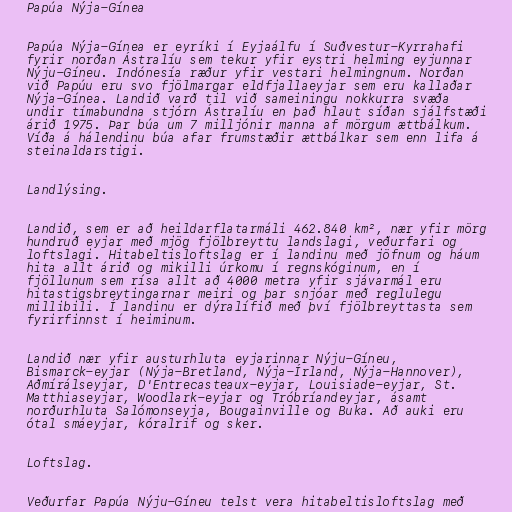
Papúa Nýja-Gínea

Papúa Nýja-Gínea er eyríki í Eyjaálfu í Suðvestur-Kyrrahafi
fyrir norðan Ástralíu sem tekur yfir eystri helming eyjunnar
Nýju-Gíneu. Indónesía ræður yfir vestari helmingnum. Norðan
við Papúu eru svo fjölmargar eldfjallaeyjar sem eru kallaðar
Nýja-Gínea. Landið varð til við sameiningu nokkurra svæða
undir tímabundna stjórn Ástralíu en það hlaut síðan sjálfstæði
árið 1975. Þar búa um 7 milljónir manna af mörgum ættbálkum.
Víða á hálendinu búa afar frumstæðir ættbálkar sem enn lifa á
steinaldarstigi.

Landlýsing.

Landið, sem er að heildarflatarmáli 462.840 km², nær yfir mörg
hundruð eyjar með mjög fjölbreyttu landslagi, veðurfari og
loftslagi. Hitabeltisloftslag er í landinu með jöfnum og háum
hita allt árið og mikilli úrkomu í regnskóginum, en í
fjöllunum sem rísa allt að 4000 metra yfir sjávarmál eru
hitastigsbreytingarnar meiri og þar snjóar með reglulegu
millibili. Í landinu er dýralífið með því fjölbreyttasta sem
fyrirfinnst í heiminum.

Landið nær yfir austurhluta eyjarinnar Nýju-Gíneu,
Bismarck-eyjar (Nýja-Bretland, Nýja-Írland, Nýja-Hannover),
Aðmírálseyjar, D'Entrecasteaux-eyjar, Louisiade-eyjar, St.
Matthiaseyjar, Woodlark-eyjar og Tróbríandeyjar, ásamt
norðurhluta Salómonseyja, Bougainville og Buka. Að auki eru
ótal smáeyjar, kóralrif og sker.

Loftslag.

Veðurfar Papúa Nýju-Gíneu telst vera hitabeltisloftslag með